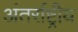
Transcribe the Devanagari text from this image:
अंतर्राष्ट्रीय